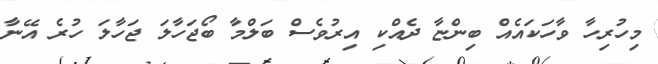
މިހުރިހާ ވާހަކައެއް ބިންޏާ ދެއްކި އިރުވެސް ބަލްމާ ބޯޖަހާލަ ޖަހާލަ ހުރެ އޭނާ